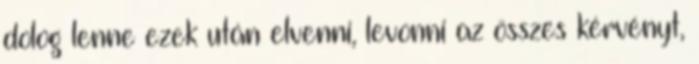
dolog lenne ezek után elvenni, levonni az összes kérvényt,